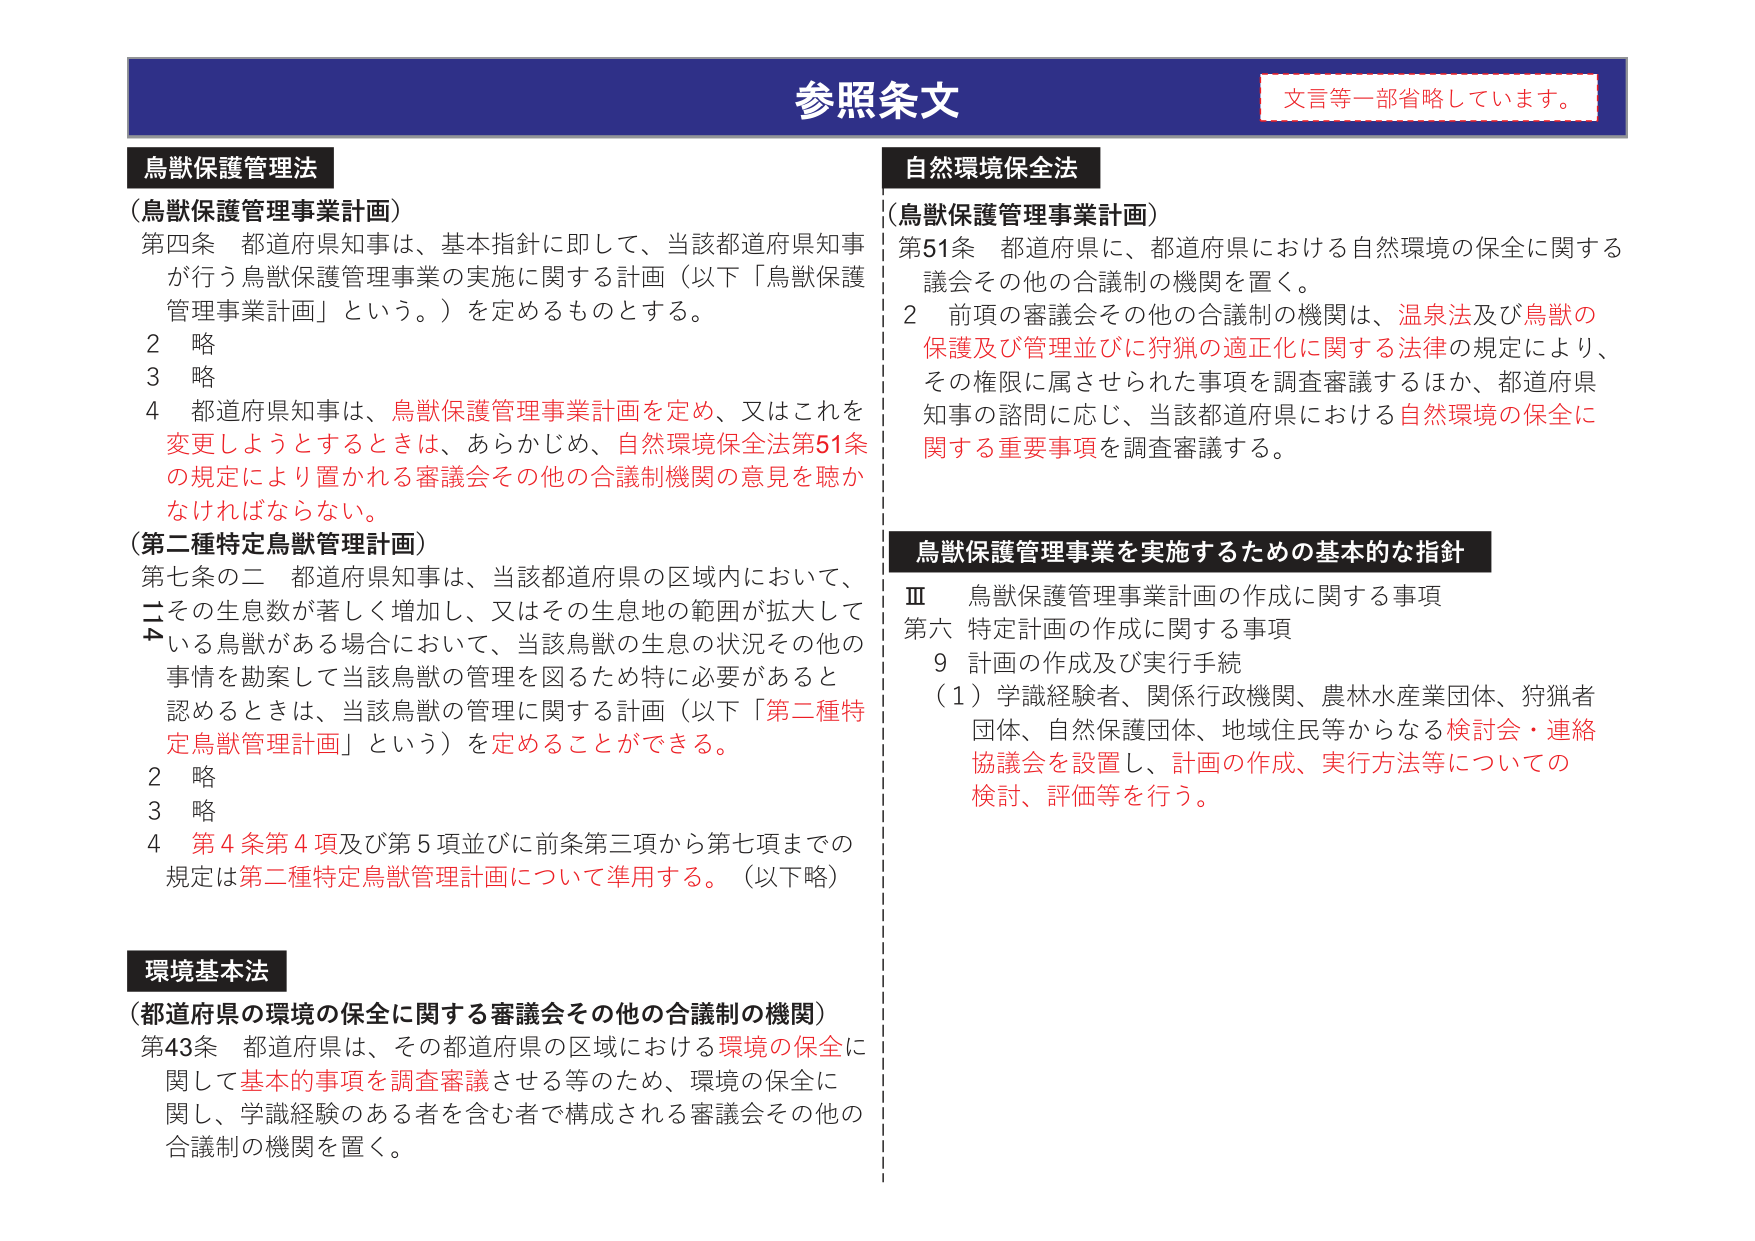
参照条文
文言等一部省略しています。

鳥獣保護管理法
（鳥獣保護管理事業計画）
第四条 都道府県知事は、基本指針に即して、当該都道府県知事が行う鳥獣保護管理事業の実施に関する計画（以下「鳥獣保護管理事業計画」という。）を定めるものとする。
2 略
3 略
4 都道府県知事は、鳥獣保護管理事業計画を定め、又はこれを変更しようとするときは、あらかじめ、自然環境保全法第51条の規定により置かれる審議会その他の合議制機関の意見を聴かなければならない。

（第二種特定鳥獣管理計画）
第七条の二 都道府県知事は、当該都道府県の区域内において、その生息数が著しく増加し、又はその生息地の範囲が拡大している鳥獣がある場合において、当該鳥獣の生息の状況その他の事情を勘案して当該鳥獣の管理を図るため特に必要があると認めるときは、当該鳥獣の管理に関する計画（以下「第二種特定鳥獣管理計画」という）を定めることができる。
2 略
3 略
4 第4条第4項及び第5項並びに前条第三項から第七項までの規定は第二種特定鳥獣管理計画について準用する。（以下略）

環境基本法
（都道府県の環境の保全に関する審議会その他の合議制の機関）
第43条 都道府県は、その都道府県の区域における環境の保全に関して基本的事項を調査審議させる等のため、環境の保全に関して、学識経験のある者を含む者で構成される審議会その他の合議制の機関を置く。

自然環境保全法
（鳥獣保護管理事業計画）
第51条 都道府県に、都道府県における自然環境の保全に関する議会その他の合議制の機関を置く。
2 前項の審議会その他の合議制の機関は、温泉法及び鳥獣の保護及び管理並びに狩猟の適正化に関する法律の規定により、その権限に属させられた事項を調査審議するほか、都道府県知事の諮問に応じ、当該都道府県における自然環境の保全に関する重要事項を調査審議する。

鳥獣保護管理事業を実施するための基本的な指針
Ⅲ 鳥獣保護管理事業計画の作成に関する事項
第六 特定計画の作成に関する事項
9 計画の作成及び実行手続
（1）学識経験者、関係行政機関、農林水産業団体、狩猟者団体、自然保護団体、地域住民等からなる検討会・連絡協議会を設置し、計画の作成、実行方法等についての検討、評価等を行う。